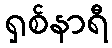
ရှစ်နာရီ